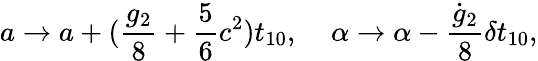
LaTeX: a\rightarrow a+(\frac{g_{2}}{8}+\frac{5}{6}c^{2})t_{10},\; \; \; \; \alpha\rightarrow\alpha-\frac{\dot{g}_{2}}{8}\delta t_{10},